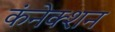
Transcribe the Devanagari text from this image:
कंनेक्शन